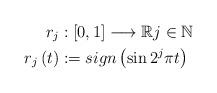
LaTeX: \begin{align*}r_{j} & :\left[ 0,1\right] \longrightarrow\mathbb{R}j\in\mathbb{N}\\r_{j}\left( t\right) & :=sign\left( \sin2^{j}\pi t\right)\end{align*}